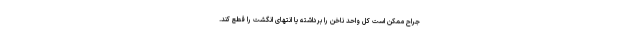
جراح ممکن است کل واحد ناخن را برداشته یا انتهای انگشت را قطع کند.